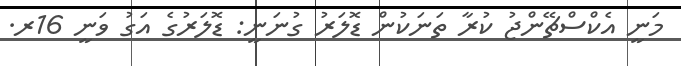
މަނީ އެކްސްޗޭންޖު ކުރާ ތަނަކުން ޑޮލަރު ގުނަނީ: ޑޮލަރުގެ އަގު ވަނީ 16ރ.